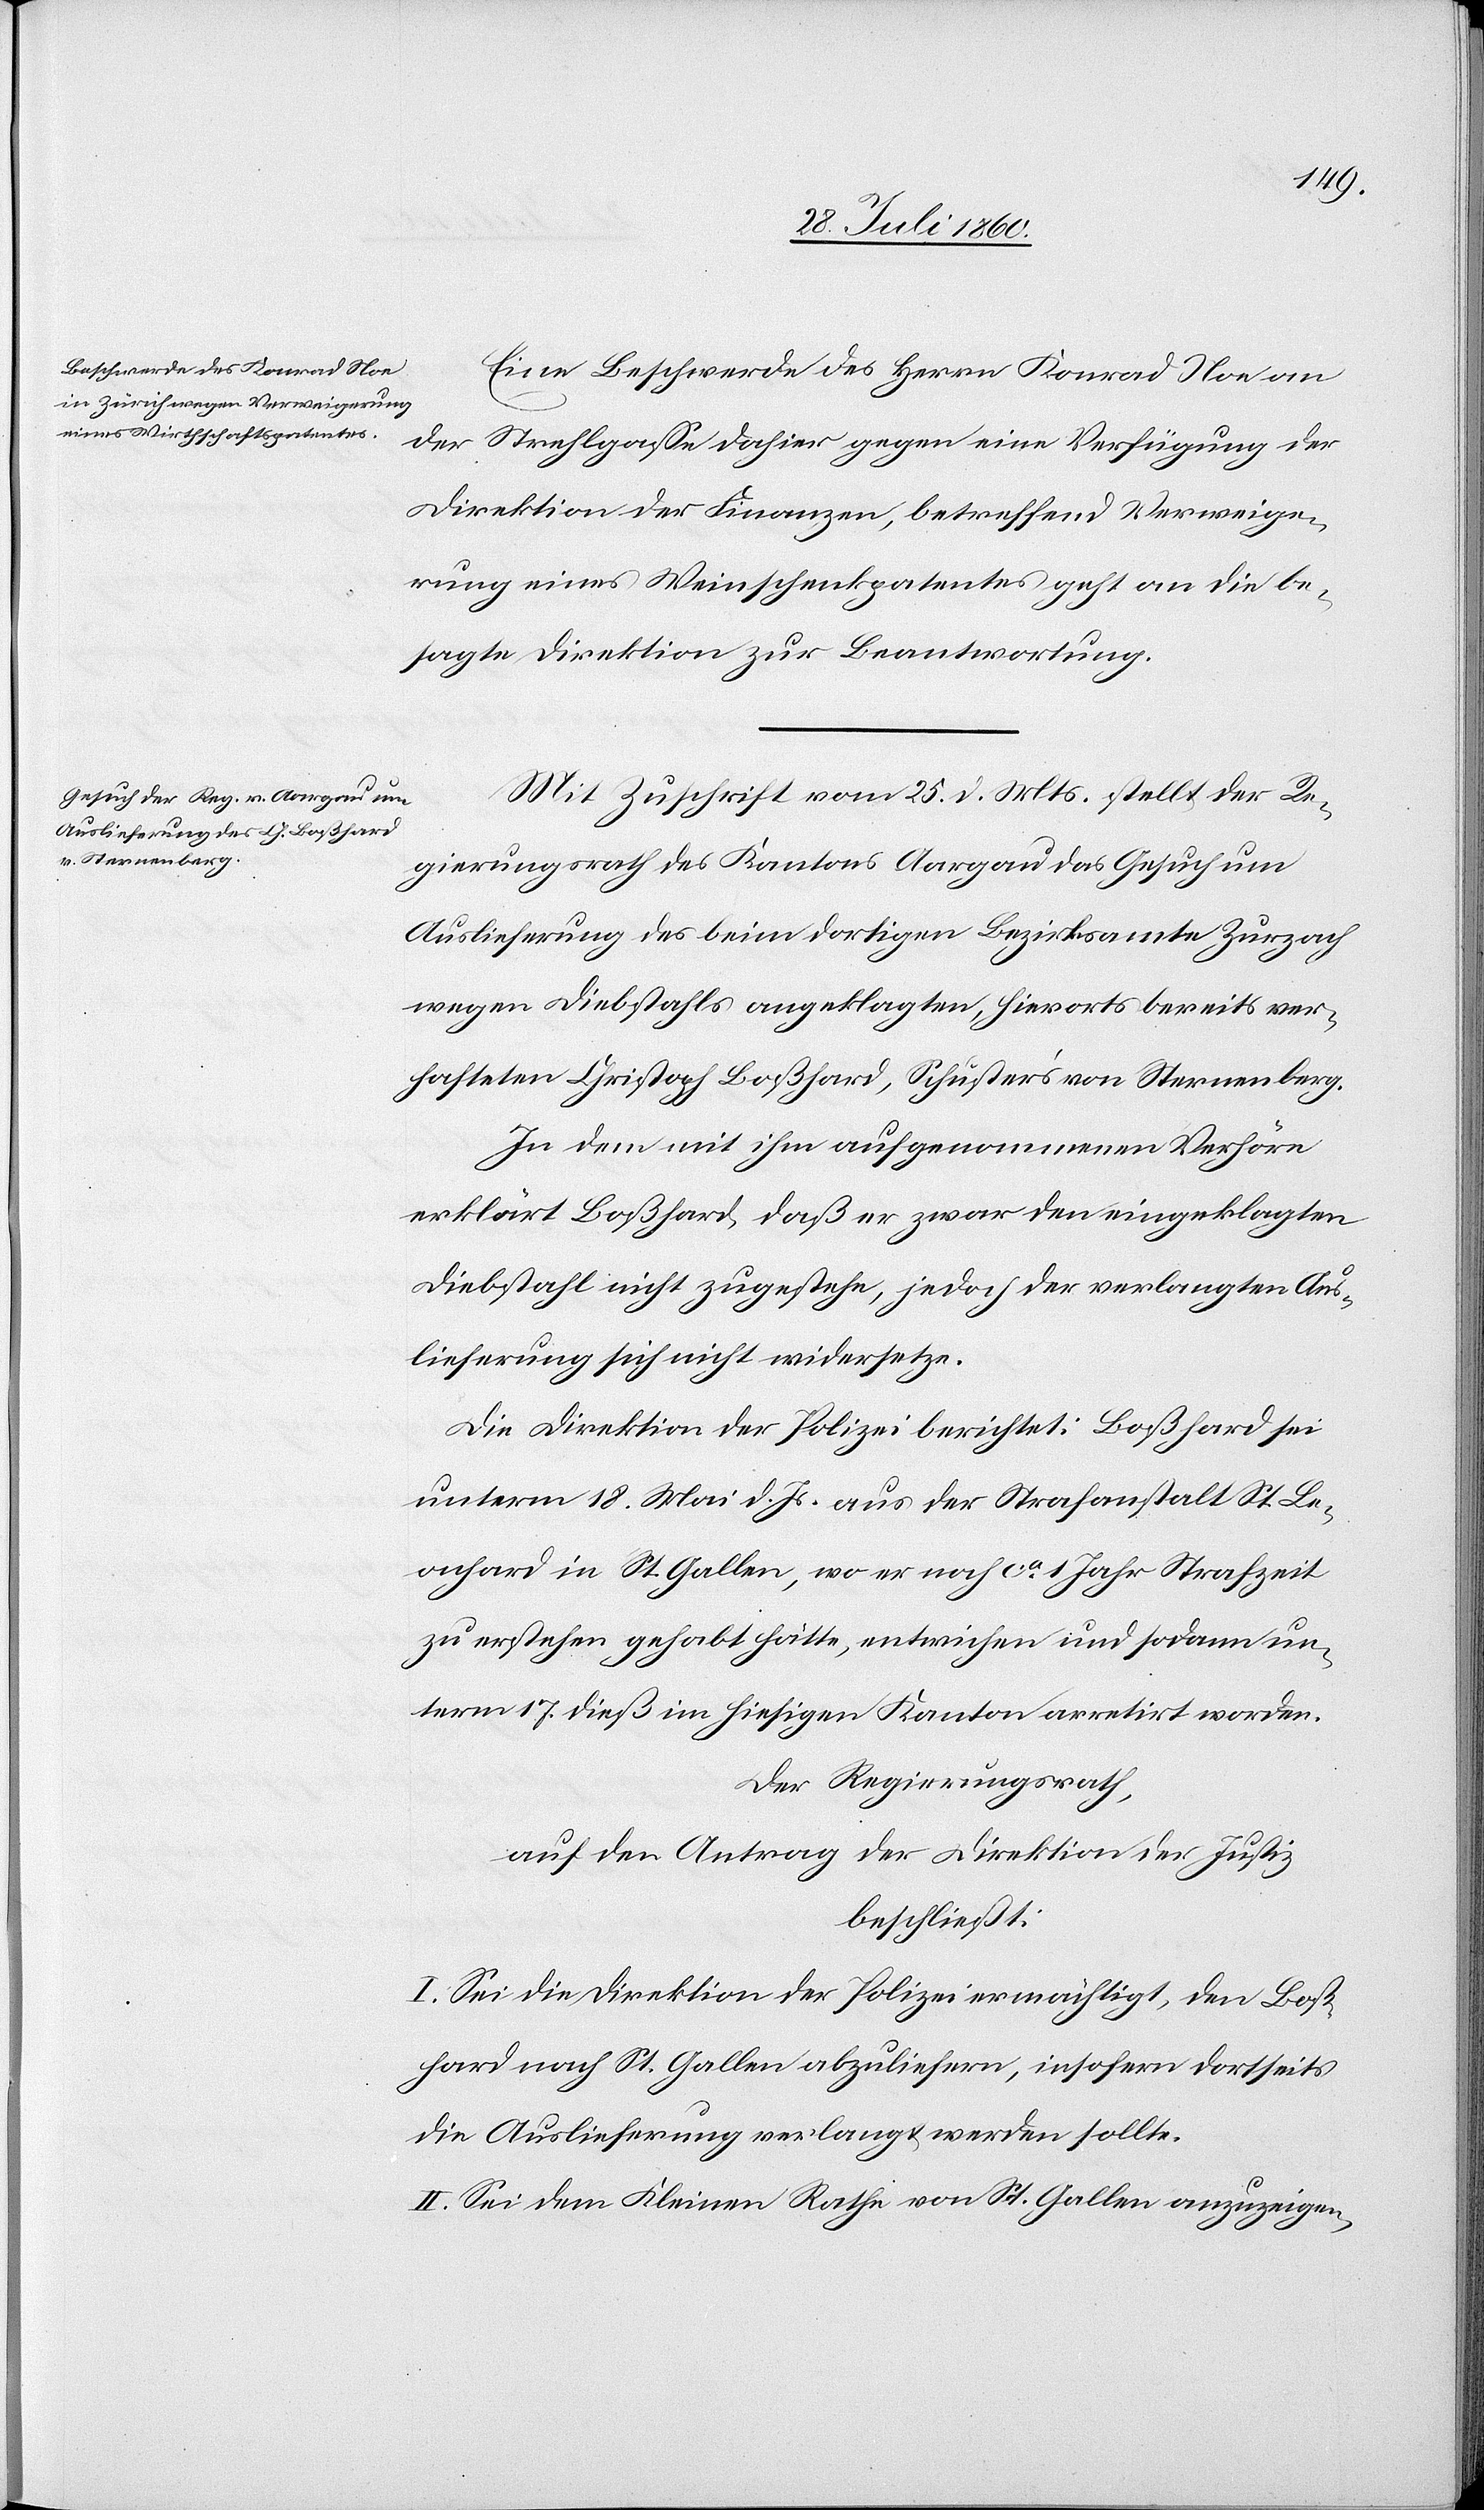
Eine Beschwerde des Herrn Konrad Noe an
der Strehlgasse dahier gegen eine Verfügung der
Direktion der Finanzen betreffend Verweige¬
rung eines Weinschenkpatentes geht an die be¬
sagte Direktion zur Beantwortung.
Mit Zuschrift vom 25. d. Mts. stellt der Re¬
gierungsrath des Kantons Aargau das Gesuch um
Auslieferung des beim dortigen Bezirksamte Zurzach
wegen Diebstals angeklagten, hierorts bereits ver¬
hafteten Christoph Bosshard, Schuster von Sternenberg.
In dem mit ihm aufgenommenen Verhöre
erklärt Bosshard, dass er zwar den eingeklagten
Diebstal nicht zugestehe, jedoch der verlangten Aus¬
lieferung sich nicht widersetze.
Die Direktion der Polizei berichtet: Bosshard sei
unterm 18. Mai d. Js. aus der Strafanstalt, St. Le¬
onhard in St. Gallen, wo er noch ca 1. Jahr Strafzeit
zu erstehen gehabt hätte, entwichen und sodann un¬
term 17. ds im hiesigen Kanton arretirt worden.
Der Regierungsrath,
auf den Antrag der Direktion der Justiz
beschliesst:
I. Sei die Direktion der Polizei ermächtigt, den Boß¬
hard nach St. Gallen abzuliefern, insofern dortseits
die Auslieferung verlangt werden sollte.
II. Sei dem Kleinen Rathe von St. Gallen anzuzeigen,